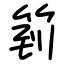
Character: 箌